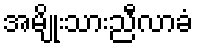
အမျိုးသားညီလာခံ